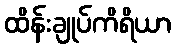
ထိန်းချုပ်ကိရိယာ